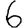
Digit: 6